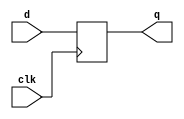
module df(input d, clk, output reg q);
always @(posedge clk)
begin
q <= d;
end
endmodule